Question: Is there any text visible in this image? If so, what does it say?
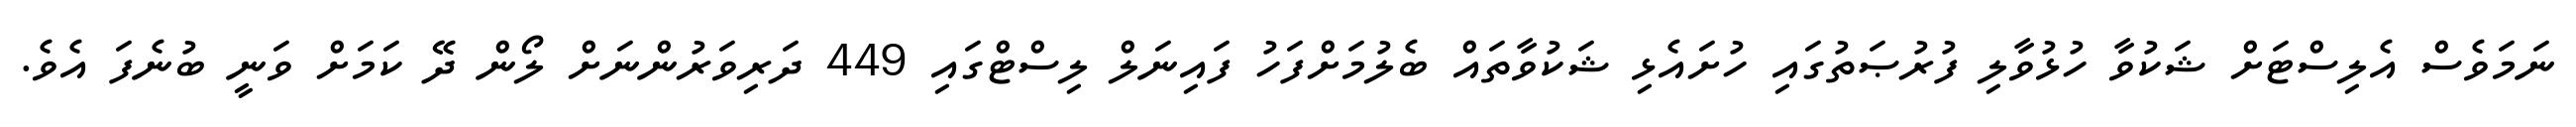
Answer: ނަމަވެސް އެލިސްޓަށް ޝަކުވާ ހުޅުވާލި ފުރުޞަތުގައި ހުށައެޅި ޝަކުވާތައް ބެލުމަށްފަހު ފައިނަލް ލިސްޓްގައި 449 ދަރިވަރުންނަށް ލޯން ދޭ ކަމަށް ވަނީ ބުނެފަ އެވެ.